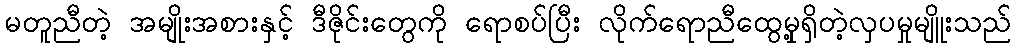
မတူညီတဲ့ အမျိုးအစားနှင့် ဒီဇိုင်းတွေကို ရောစပ်ပြီး လိုက်ရောညီထွေမှု့ရှိတဲ့လှပမှုမျိူးသည်